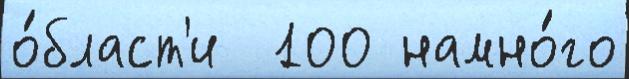
о́бласт'и  100 намно́го